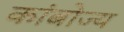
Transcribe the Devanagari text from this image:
कांबोज्य